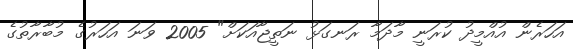
އަހަރެން އުއްމީދު ކުރަނީ މާދަމާ ރަނގަޅު ނަތީޖާއަކަށް" 2005 ވަނަ އަހަރުގެ މުބާރާތުގެ